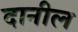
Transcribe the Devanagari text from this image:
दानील